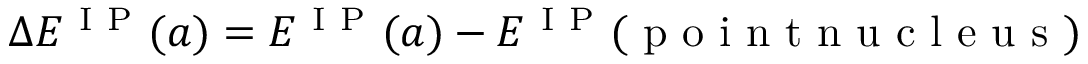
\Delta E ^ { \mathrm { ~ I ~ P ~ } } ( a ) = E ^ { \mathrm { ~ I ~ P ~ } } ( a ) - E ^ { \mathrm { ~ I ~ P ~ } } ( \mathrm { ~ p ~ o ~ i ~ n ~ t ~ n ~ u ~ c ~ l ~ e ~ u ~ s ~ } )